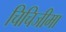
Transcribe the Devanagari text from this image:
चिचिजीमा